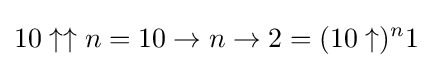
10\uparrow \uparrow n=10\to n\to 2=(10\uparrow )^{n}1